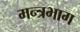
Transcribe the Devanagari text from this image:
मन्त्रभाग